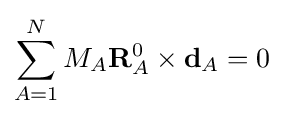
\sum _{A=1}^{N}M_{A}\mathbf {R} _{A}^{0}\times \mathbf {d} _{A}=0